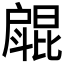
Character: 𱟥